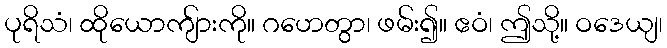
ပုရိသံ၊ ထိုယောကျ်ားကို။ ဂဟေတွာ၊ ဖမ်း၍။ ဧဝံ၊ ဤသို့။ ဝဒေယျ၊